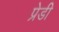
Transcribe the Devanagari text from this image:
प्रेडी